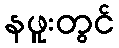
နဖူးတွင်